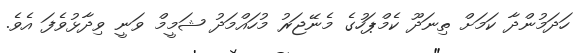
ހަދަމުންދާ ކަމަށް ތިނަދޫ ކެމްޕަހުގެ މެނޭޖަރު މުހައްމަދު ޝަމީމް ވަނީ ވިދާޅުވެފަ އެވެ.